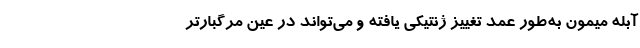
آبله میمون به‌طور عمد تغییز ژنتیکی یافته و می‌تواند در عین مرگبارتر